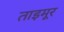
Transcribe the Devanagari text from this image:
ताइमूर